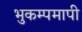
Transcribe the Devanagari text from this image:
भुकम्पमापी